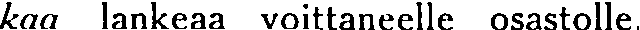
kaa lankeaa voittaneelle osastolle.